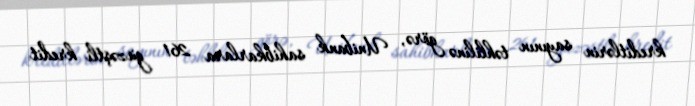
kreditlərin sayının təhlilinə görə, Unibank sahibkarlara 261 güzəştli kredit